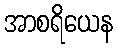
အာစရိယေန